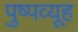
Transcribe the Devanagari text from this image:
पुष्पव्यूह